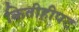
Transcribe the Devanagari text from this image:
कितीहीपट